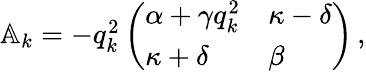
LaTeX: \begin{array}{r}{\mathbb{A}_{k}=-q_{k}^{2}\left(\begin{array}{ll}{\alpha+\gamma q_{k}^{2}}&{\kappa-\delta}\\ {\kappa+\delta}&{\beta}\end{array}\right)\, ,}\end{array}